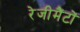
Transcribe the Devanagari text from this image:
रेजीमैंटों